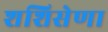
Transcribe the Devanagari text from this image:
शशिसेणा